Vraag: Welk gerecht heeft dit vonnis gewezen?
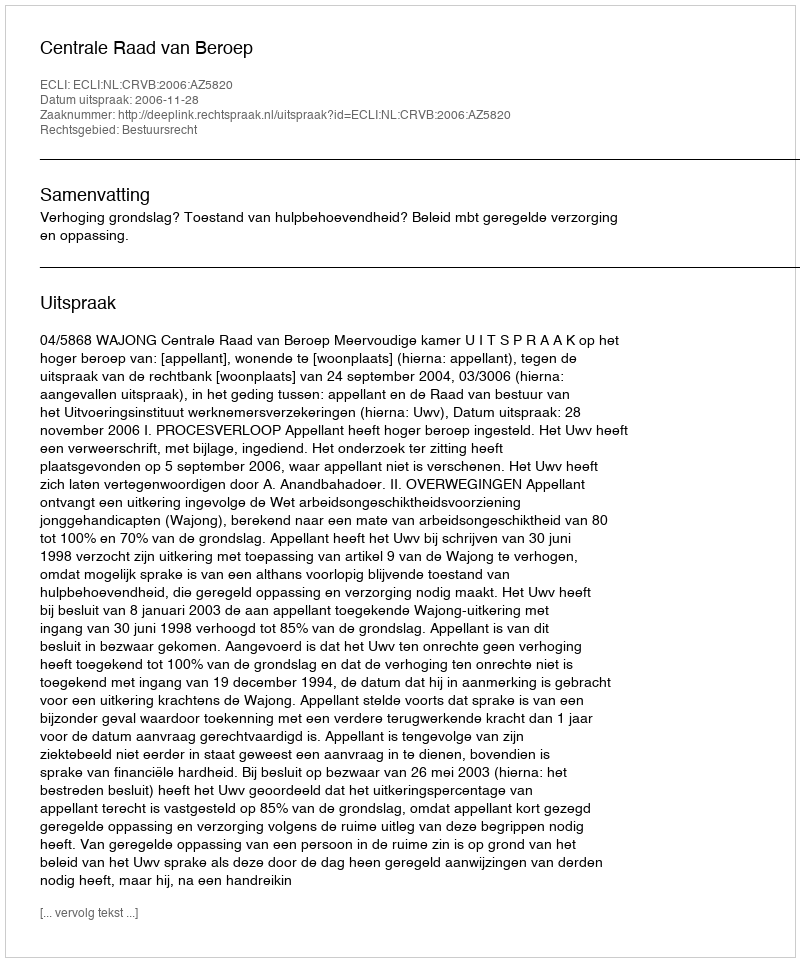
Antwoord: Centrale Raad van Beroep